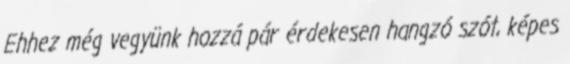
Ehhez még vegyünk hozzá pár érdekesen hangzó szót, képes